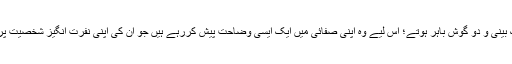
اب اگر نریندر خوجی اس سوال کا جواب سچ سچ دے دیتے تو وہ اور ان کی پارٹی، ہندوستانی سیاست سے بیک بینی و دو گوش باہر ہوتے؛ اس لیے وہ اپنی صفائی میں ایک ایسی وضاحت پیش کررہے ہیں جو اُن کی اپنی نفرت انگیز شخصیت پر مزید کالک پوت رہی ہے… ایک ایسی توجیح جو معمولی سی چھان بین کے بعد یکسر غلط ثابت ہوجاتی ہے۔